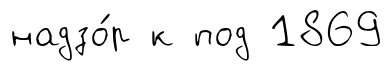
надзо́р к под 1869